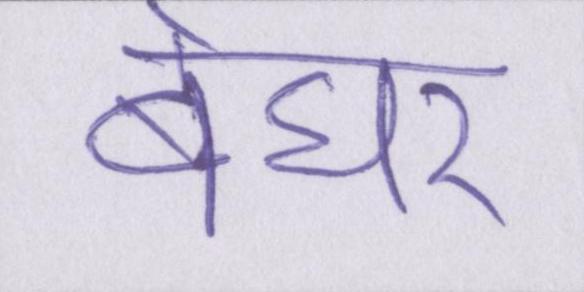
बेघर